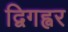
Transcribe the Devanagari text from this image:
द्विगह्वर